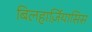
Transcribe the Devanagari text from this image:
बिलहार्ज़ियासिस